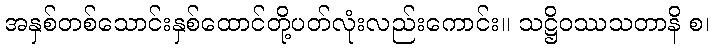
အနှစ်တစ်သောင်းနှစ်ထောင်တို့ပတ်လုံးလည်းကောင်း။ သဋ္ဌိဝဿသတာနိ စ၊